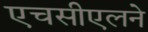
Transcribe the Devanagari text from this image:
एचसीएलने